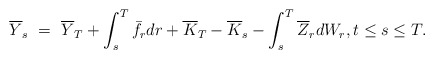
\begin{align*}\overline{Y}_s \ = \ \overline{Y}_T + \int_s^T \bar{f}_r dr + \overline K_T - \overline K_s - \int_s^T \overline{Z}_r dW_r, t \leq s \leq T.\end{align*}